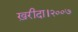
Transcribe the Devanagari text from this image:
ख़रीदा।२००७